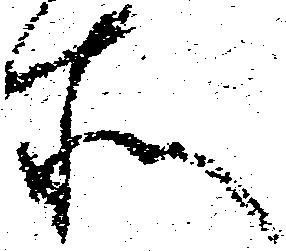
所